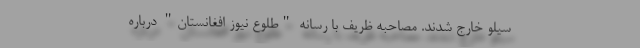
سیلو خارج شدند. مصاحبه ظریف با رسانه "طلوع نیوز افغانستان" درباره